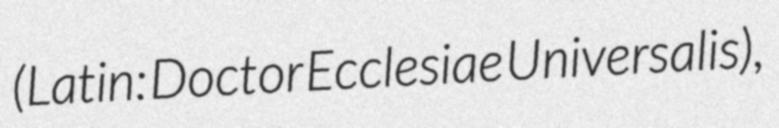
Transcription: (Latin: Doctor Ecclesiae Universalis),